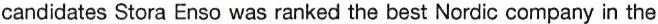
candidates Stora Enso was ranked the best Nordic company in the